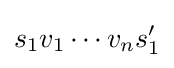
s_{1}v_{1}\cdots v_{n}s_{1}'